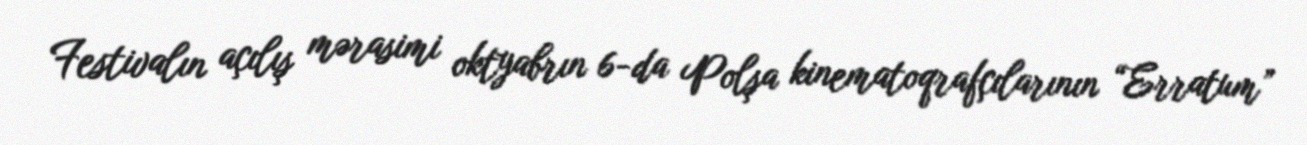
Festivalın açılış mərasimi oktyabrın 6-da Polşa kinematoqrafçılarının “Erratum”